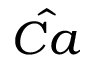
\hat { C a }